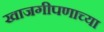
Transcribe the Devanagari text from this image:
खाजगीपणाच्या